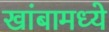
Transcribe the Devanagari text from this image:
खांबामध्ये